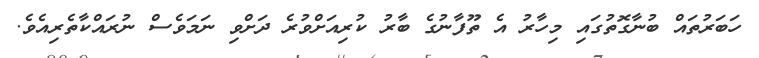
ހަބަރުތައް ބުނާގޮތުގައި މިހާރު އެ ތޫފާނުގެ ބާރު ކުރިއަށްވުރެ ދަށްވި ނަމަވެސް ނުރައްކާތެރިއެވެ.